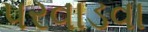
પરવાડવા